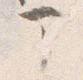
部